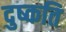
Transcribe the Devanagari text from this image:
दुष्‍कति